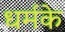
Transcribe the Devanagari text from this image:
धर्मके